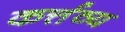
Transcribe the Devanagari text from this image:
कर्त्तव्‍य